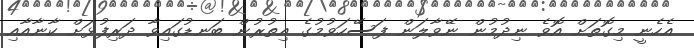
އެހެނީ މިގޮތަށް އޮވެ ނިދުމުން ނޭވާލަން ފަސޭހަވުމުގެ އިތުރުން ބަނޑުގައިވާ ދަރިފުޅަށް ކާނާއާއި